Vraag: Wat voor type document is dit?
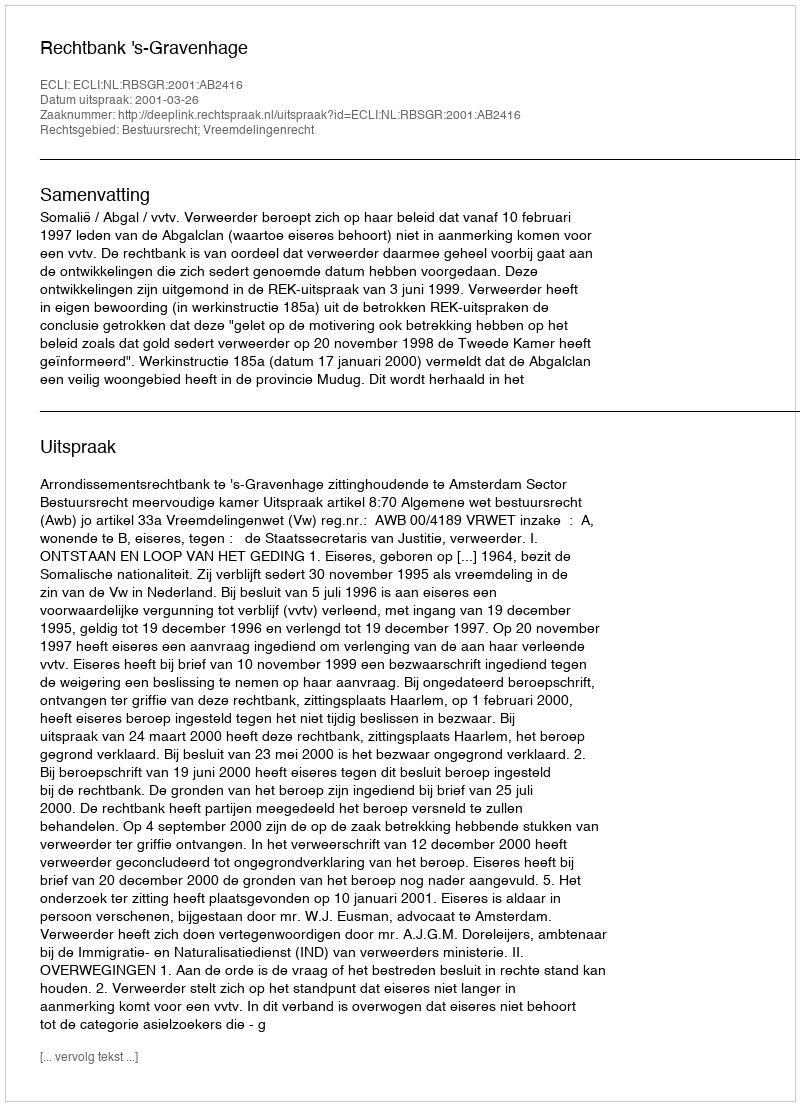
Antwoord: Uitspraak